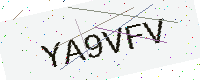
Text: YA9VFV